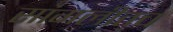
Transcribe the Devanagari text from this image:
सांगलीतच